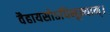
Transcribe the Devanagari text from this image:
वैहायसोऽधिभूम्याम्।